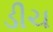
ડીચ